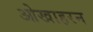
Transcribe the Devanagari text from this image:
ओखाहरन